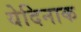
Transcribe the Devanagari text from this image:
येदिनाक